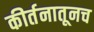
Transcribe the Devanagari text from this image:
कीर्तनातूनच